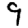
Digit: 9